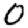
Digit: 0